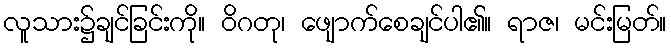
လူသား၌ချင်ခြင်းကို။ ဝိဂတု၊ ဖျောက်စေချင်ပါ၏။ ရာဇ၊ မင်းမြတ်။